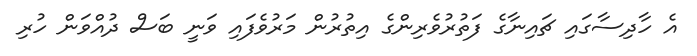
އެ ހާދިސާގައި ޗައިނާގެ ފަތުރުވެރިންގެ އިތުރުން މަރުވެފައި ވަނީ ބަސް ދުއްވަން ހުރި